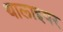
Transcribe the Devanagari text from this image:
थालाइयर